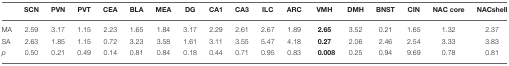
|  | SCN | PVN | PVT | CEA | BLA | MEA | DG | CA1 | CA3 | ILC | ARC | VMH | DMH | BNST | CIN | NAC core | NACshell |
 | --- | --- | --- | --- | --- | --- | --- | --- | --- | --- | --- | --- | --- | --- | --- | --- | --- | --- |
 | MA | 2.59 | 3.17 | 1.15 | 2.23 | 1.65 | 1.84 | 3.17 | 2.29 | 2.61 | 2.67 | 1.89 | 2.65 | 3.52 | 0.21 | 1.65 | 1.32 | 2.37 |
 | SA | 2.63 | 1.85 | 1.15 | 0.72 | 3.23 | 3.58 | 1.61 | 3.11 | 3.55 | 5.47 | 4.18 | 0.27 | 2.06 | 2.46 | 2.54 | 3.33 | 3.83 |
 | p | 0.50 | 0.21 | 0.49 | 0.14 | 0.81 | 0.84 | 0.18 | 0.44 | 0.71 | 0.95 | 0.83 | 0.008 | 0.25 | 0.94 | 9.69 | 0.78 | 0.81 |